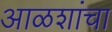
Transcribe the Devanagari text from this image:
आळशांचा